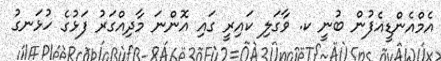
އެމްއެންޑީއެފުން ބުނީ ކ. ވާގަލި ކައިރީ ގައި އޮންނަ މާދިއްގަރު ފަޅުގެ ހުޅަނގު